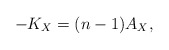
\begin{align*}- K_X = (n-1)A_X, \end{align*}